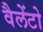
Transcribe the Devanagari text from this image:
वैलेंटो